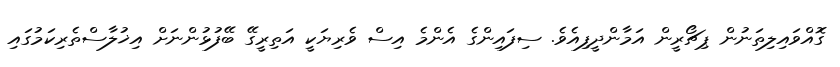
ގޮއްވައިލިތަނުން ޕިޗޯރީން އަމާންދީފިއެވެ. ސިފައިންގެ އެންމެ އިސް ވެރިޔަކީ އަތިރީގޭ ބޭފުޅުންނަށް އިޚުލާސްތެރިކަމުގައި